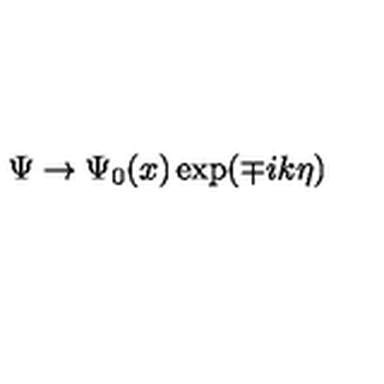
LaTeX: \Psi \rightarrow \Psi _ { 0 } ( x ) \exp ( \mp i k \eta )